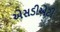
એસડીએટી